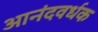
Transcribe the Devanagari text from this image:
आनंदवर्धक